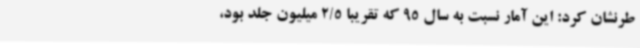
طرنشان کرد: این آمار نسبت به سال 95 که تقریبا 2/5 میلیون جلد بود،